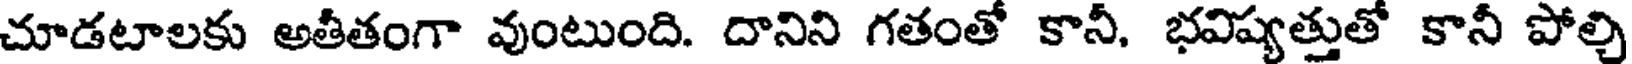
చూడటాలకు అతీతంగా వుంటుంది. దానిని గతంతో కానీ. భవిష్యత్తుతో కానీ పోల్చి